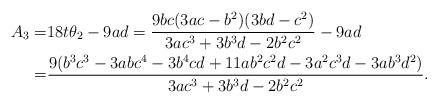
LaTeX: \begin{align*}A_3=&18t\theta_2-9ad=\dfrac{9bc(3ac-b^2)(3bd-c^2)}{3 a c^3 +3 b^3d-2 b^2 c^2 }-9ad\\=&\dfrac{9 (b^3 c^3 - 3 a b c^4 - 3 b^4 c d + 11 a b^2 c^2 d - 3 a^2c^3 d - 3 a b^3 d^2)}{3 a c^3 +3 b^3 d-2 b^2 c^2}.\end{align*}